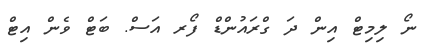
ނޯ ލިމިޓް އިން ދަ ގްރައުންޑް ފޯރ އަސް. ބަޓް ވެން އިޓް